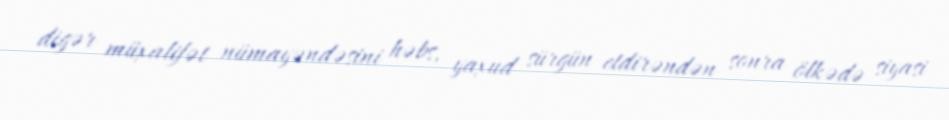
digər müxalifət nümayəndəsini həbs, yaxud sürgün etdirəndən sonra ölkədə siyasi